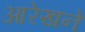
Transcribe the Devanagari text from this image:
आरेखने